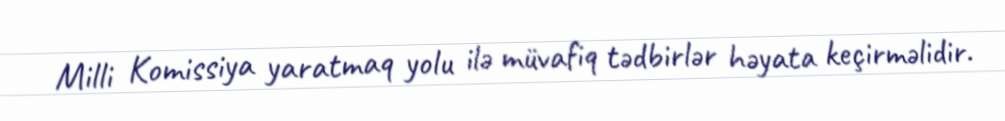
Milli Komissiya yaratmaq yolu ilə müvafiq tədbirlər həyata keçirməlidir.